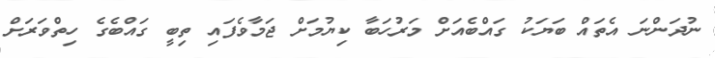
ނުދަންނަ އެތައް ބަޔަކު ގައްބެއަށް މަރުހަބާ ކިޔުމަށް ޖަމާވެފައި ތިބީ ގައްބެގެ ހިތްވަރަށް